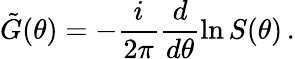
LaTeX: \tilde{G}(\theta)=-\frac{i}{2\pi}\frac{d}{d\theta}\ln S(\theta)\, .